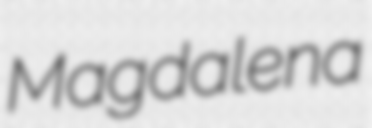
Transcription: Magdalena